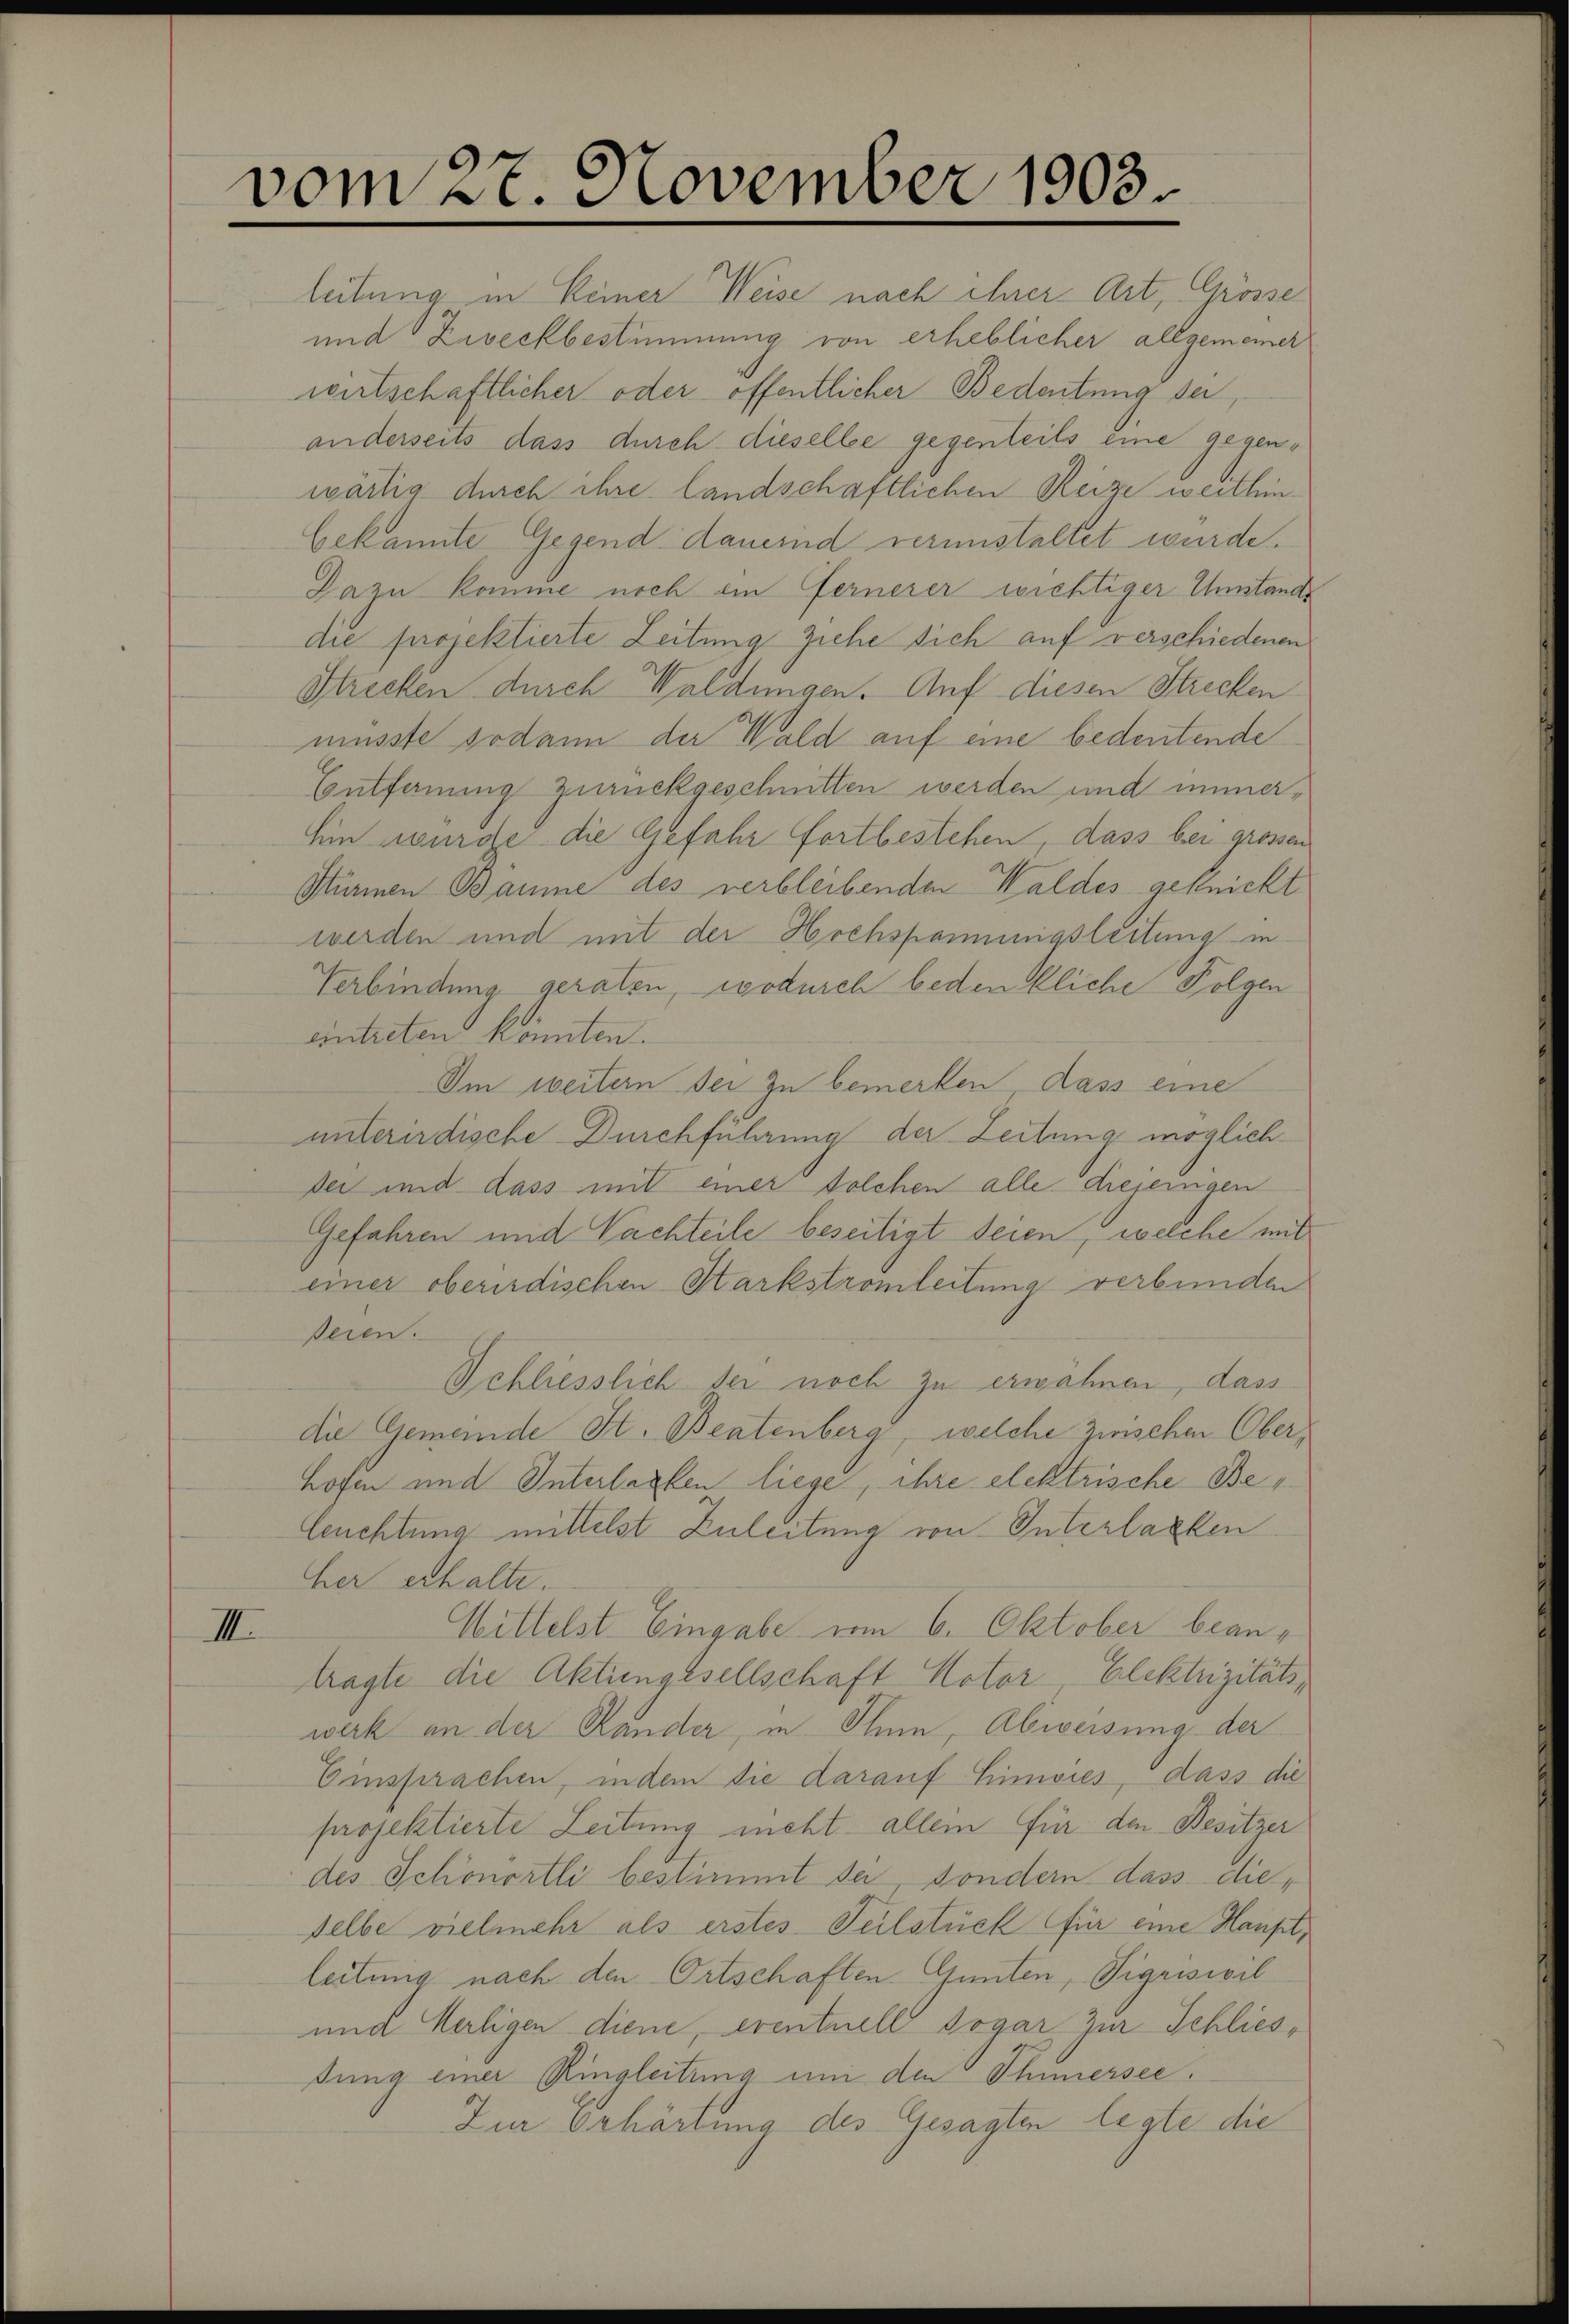
III.

vom 27. November 1903.

leitung in keiner Weise nach ihrer Art, Grösse
und Zweckbestimmung von erheblicher allgemeiner
wirtschaftlicher oder öffentlicher Bedeutung sei,
anderseits dass durch dieselbe gegenteils eine gegenwärtig durch ihre landschaftlichen Reize weithin
bekannte Gegend dauernd verunstaltet wurde.
Dazu komme noch an fernerer wichtiger Unstande
die projektierte Zeitung ziehe sich auf verschiedenen
Strecken durch Waldungen. Auf diesen Strecken
musste sodann der Wald auf eine bedeutende
Entfernung zurückgeschnitten werden und immer¬
Ein wurde die Gefahr fortbestehen, dass bei grossen
Stürmen Baume des verbleibenden Waldes geknickt
werden und mit der Hochspannigsleitung in
Verbindung geraten, wodurch bedenkliche Folgen
eintreten könnten.
Im weitern Sei zu bemerken, dass eine
unterirdische Durchführung der Zeitung möglich
der und dass mit einer solchen alle diejenigen
Gefahren und Nachteile beseitigt seien, welche mit
einer oberirdischen Starkstromleitung verbunden
seien.
Schliesslich der noch zu erwähnen, dass
die Gemeinde St. Beatenberg, welche zwischen Oberhofen und Interlagen liege, ihre elektrische Be¬
Leuchtung mittelst Zuleitung von Interlagen
her erhalte.
Wittelst Eingabe vom 6. Oktober beantragte die Aktiengesellschaft Notor, Elektrizitätswerk an der Rander, in Thun, Abweisung der
Einsprachen, indem die darauf hinwies, dass die
projektierte Leitung nicht allein für den Besitzer
des Schönortli bestimmt da, sondern dass dieselbe vielmehr als erstes Teilstück für eine Haupt,
leitung nach den Ortschaften Gunten, Sigriswil
und Merligen diene, eventuell sogar zur Schliessung einer Ringleitung um den Ohnersee.
Zur Erhärtung des Gesagten legte die